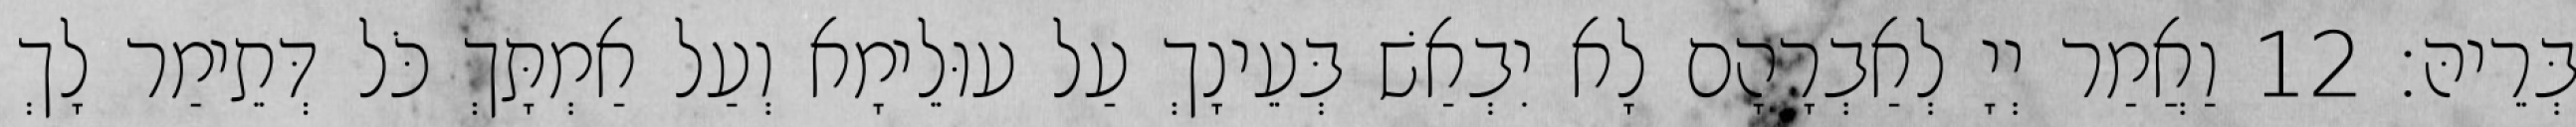
בְּרֵיהּ׃ 12 וַאֲמַר יְיָ לְאַבְרָהָם לָא יִבְאַשׁ בְּעֵינָךְ עַל עוּלֵימָא וְעַל אַמְתָּךְ כֹּל דְּתֵימַר לָךְ